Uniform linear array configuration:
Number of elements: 4
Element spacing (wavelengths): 0.25
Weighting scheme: uniform
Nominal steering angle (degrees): -60
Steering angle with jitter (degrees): -58.482
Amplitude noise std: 0.05
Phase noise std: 0.05

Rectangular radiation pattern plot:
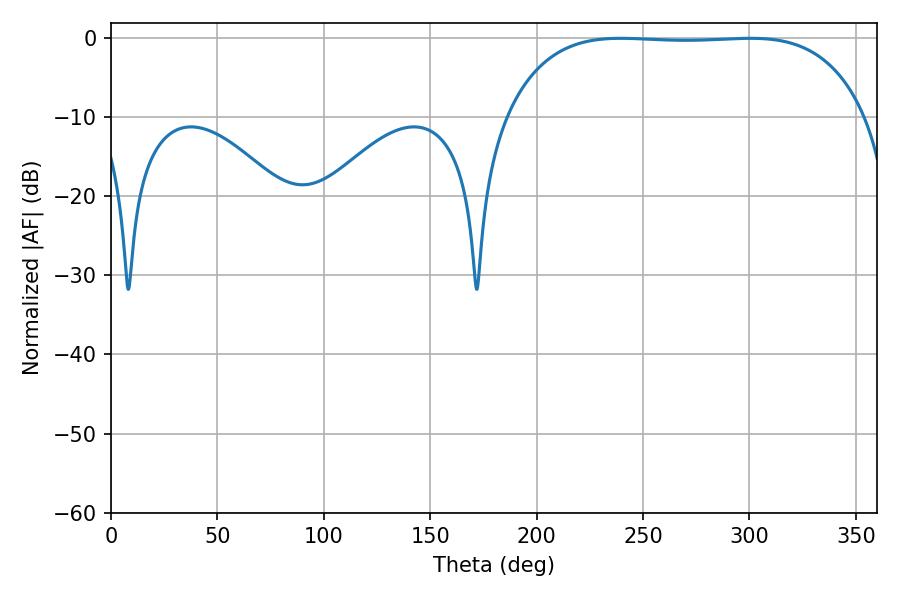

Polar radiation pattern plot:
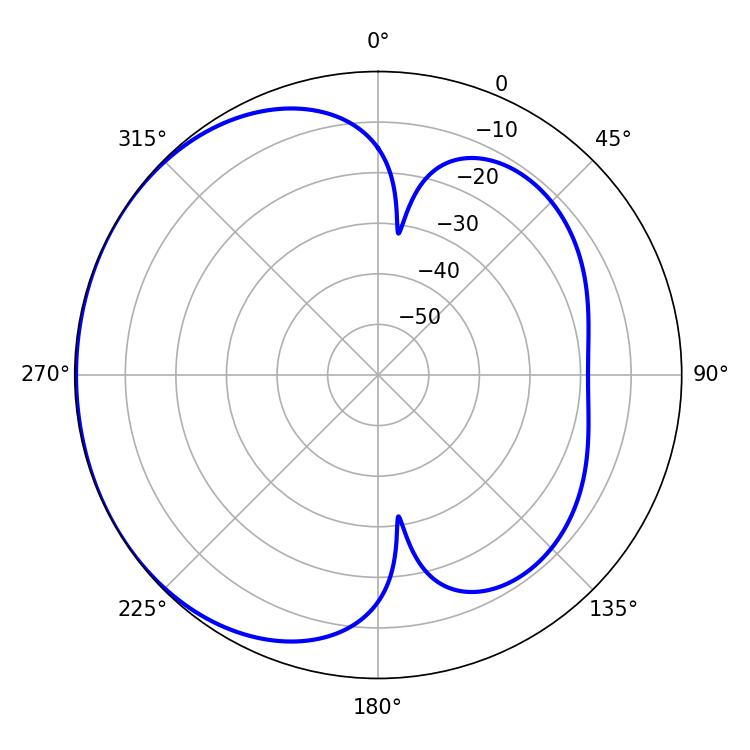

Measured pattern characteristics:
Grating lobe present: FALSE
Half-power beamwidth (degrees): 132.12
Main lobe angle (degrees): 239.58